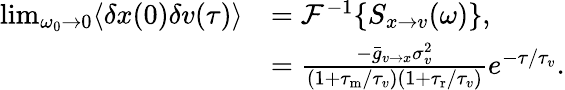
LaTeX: \begin{array}{rl}{\operatorname*{lim}_{\omega_{0}\to 0}\langle\delta x(0)\delta v(\tau)\rangle}&{=\mathcal{F}^{-1}\{ S_{x\to v}(\omega)\} ,}\\ &{=\frac{-\bar{g}_{v\to x}\sigma_{v}^{2}}{(1+{\tau_{\mathrm{m}}}/\tau_{v})(1+{\tau_{\mathrm{r}}}/\tau_{v})}e^{-\tau/\tau_{v}}.}\end{array}